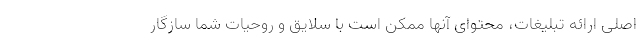
اصلی ارائه تبلیغات، محتوای آنها ممکن است با سلایق و روحیات شما سازگار